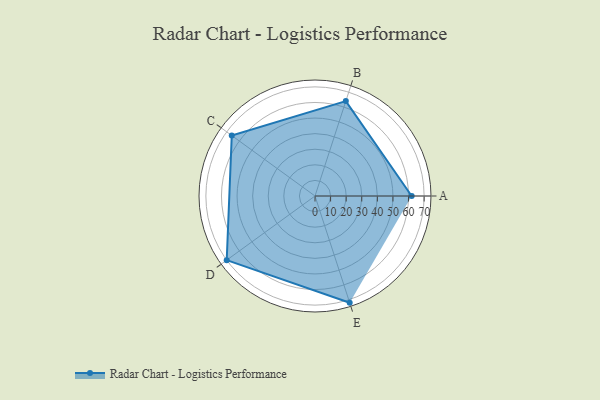
{"axis": {"x": "Skill", "y": "Score"}, "legend": ["Profile"], "data": [{"x": "A", "y": 62.0, "type": "Profile"}, {"x": "B", "y": 64.0, "type": "Profile"}, {"x": "C", "y": 66.0, "type": "Profile"}, {"x": "D", "y": 70.0, "type": "Profile"}, {"x": "E", "y": 72.0, "type": "Profile"}]}